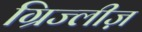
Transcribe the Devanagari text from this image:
ग्रिज्लीज़